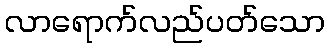
လာရောက်လည်ပတ်သော